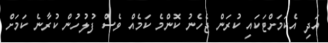
އަދި އެކަމަށްޓަކައި ކުރަން ޖެހެނު ކޮންމެ ކަމެއް ވެސް ފުލުހުން ކުރާނެ ކަމަށް